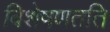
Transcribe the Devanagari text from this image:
विशेषणतति